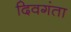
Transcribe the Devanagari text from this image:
दिवगंता